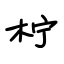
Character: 柠